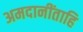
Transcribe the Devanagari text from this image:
अमदानींताहि